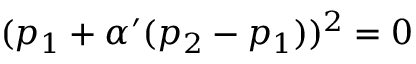
( p _ { 1 } + \alpha ^ { \prime } ( p _ { 2 } - p _ { 1 } ) ) ^ { 2 } = 0